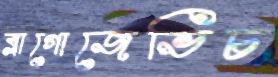
ব্লাগোজেভিচ